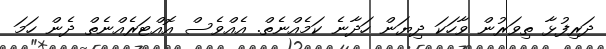
ދަރިފުޅާ ތިވަރުން ވާހަކަ ދިޔަން ހަދާނެ ކަމެއްނެތް. އެއްވެސް އޮއްޓަރެއްނެތް ދެން ހަމަ